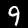
Digit: 9